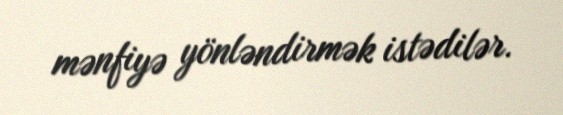
mənfiyə yönləndirmək istədilər.